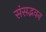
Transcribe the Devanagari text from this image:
संसद्भवन